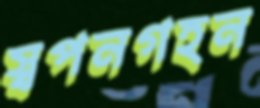
স্বপনগহন